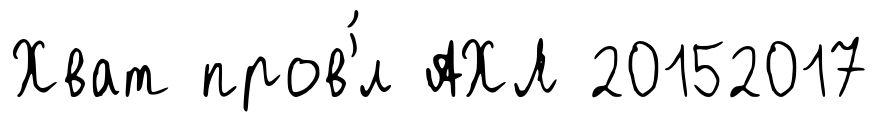
Хват пров'́л АХЛ 20152017